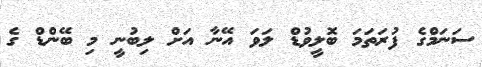
ސަނަމްގެ ފުރަތަމަ ބޮލީވުޑް ލަވަ އޭނާ އަށް ލިބުނީ މި ބޭންޑް ގެ